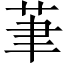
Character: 茟